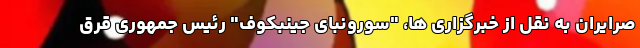
صرایران به نقل از خبرگزاری ها، "سورونبای جینبکوف" رئیس جمهوری قرق